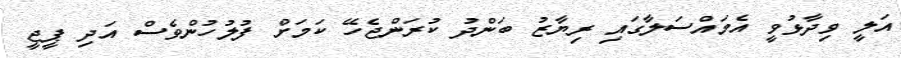
އަލީ ވިދާޅުވީ އެމައްސަލާގައި ރިޔާޒު ބަންދު ކުރަންޖެހޭ ކަމަށް ފުލުހުންވެސް އަދި ޕީޖީ